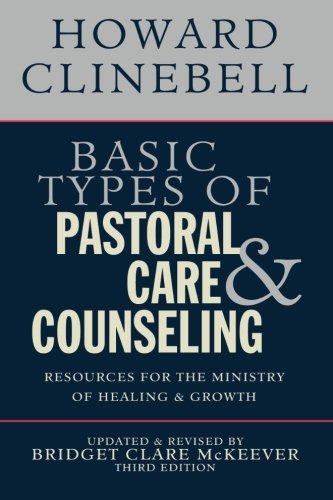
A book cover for Basic Types of Pastoral Care and Counseling: Resources for the Ministry of Healing and Growth, Third Edition; Bridget Clare McKeever; Christian Books & Bibles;